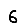
Digit: 6